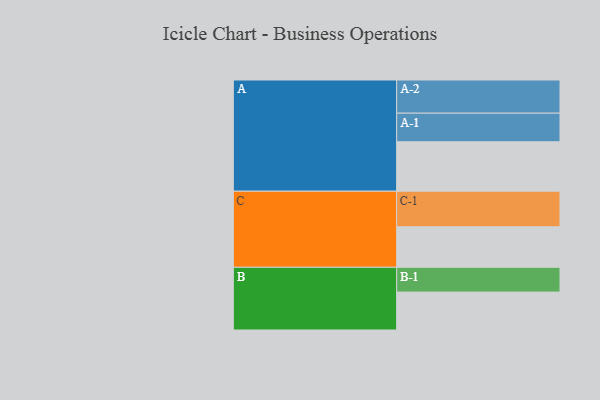
{"axis": {"x": "Segment", "y": "Value"}, "legend": ["", "A", "B", "C"], "data": [{"x": "A", "y": 415, "type": ""}, {"x": "B", "y": 318, "type": ""}, {"x": "C", "y": 340, "type": ""}, {"x": "A-1", "y": 240, "type": "A"}, {"x": "A-2", "y": 278, "type": "A"}, {"x": "B-1", "y": 208, "type": "B"}, {"x": "C-1", "y": 298, "type": "C"}]}